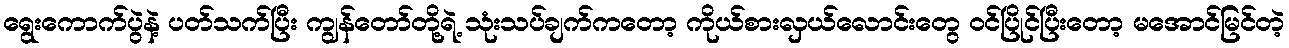
ရွေးကောက်ပွဲနဲ့ ပတ်သက်ပြီး ကျွန်တော်တို့ရဲ့ သုံးသပ်ချက်ကတော့ ကိုယ်စားလှယ်လောင်းတွေ ဝင်ပြိုင်ပြီးတော့ မအောင်မြင်တဲ့